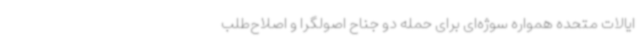
ایالات متحده همواره سوژه‌ای برای حمله دو جناح اصولگرا و اصلاح‌طلب